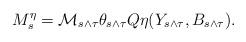
LaTeX: \begin{align*}M_s^\eta= \mathcal{M}_{s\wedge \tau} \theta_{s \wedge \tau} Q\eta (Y_{s\wedge \tau},B_{s\wedge \tau}).\end{align*}